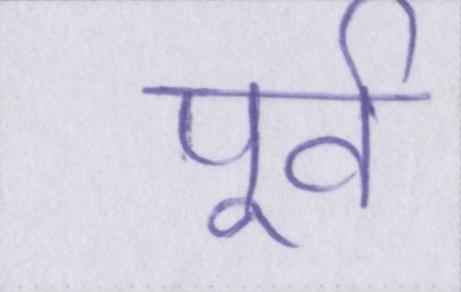
पूर्व